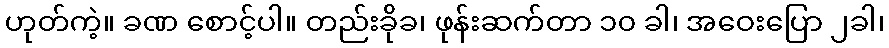
ဟုတ်ကဲ့။ ခဏ စောင့်ပါ။ တည်းခိုခ၊ ဖုန်းဆက်တာ ၁၀ ခါ၊ အဝေးပြော ၂ခါ၊